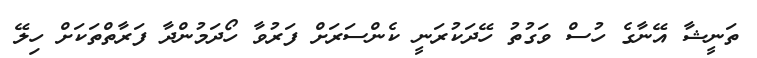
ތަނީޝާ އޭނާގެ ހުސް ވަގުތު ހޭދަކުރަނީ ކެންސަރަށް ފަރުވާ ހޯދަމުންދާ ފަރާތްތަކަށް ހިލޭ